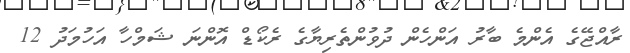
ރާއްޖޭގެ އެންމެ ބާރު އަންހެން ދުވުންތެރިޔާގެ ރެކޯޑް އޮންނަ ޝަމްހާ އަހުމަދު 12